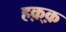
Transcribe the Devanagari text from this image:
हक़्क़